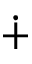
\dotplus